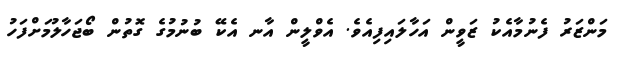
މަންޒަރު ފެނުމާއެކު ޒަވީން އަހާލައިފިއެވެ. އެވްލީން އާނ އެކޭ ބުނުމުގެ ގޮތުން ބޯޖަހާލުމަށްފަހު